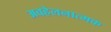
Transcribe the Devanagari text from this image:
अवहेलनात्मक